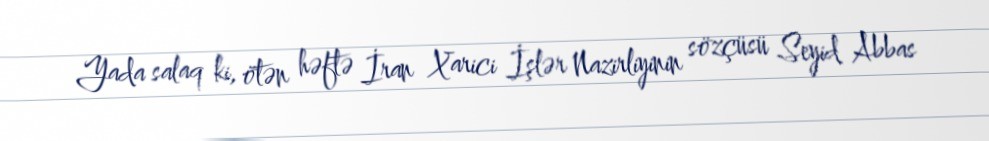
Yada salaq ki, ötən həftə İran Xarici İşlər Nazirliyinin sözçüsü Seyid Abbas